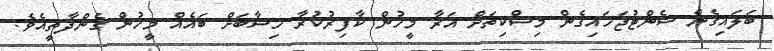
ބަލައިގެން ސެންޓުޖަހައިގެން މިސްކިތަށް އަރާ މީހުން ކާފިރުކުރާ ހިސާބަށް ބައެއް މީހުން ގެންދާތީއެވެ.